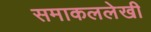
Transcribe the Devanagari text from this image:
समाकललेखी